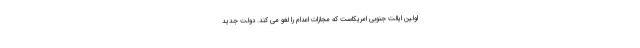
اولین ایالت جنوبی امریکاست که مجازات اعدام را لغو می کند. دولت جدید